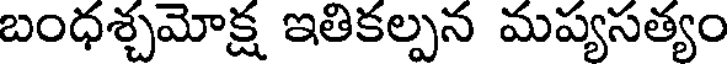
బంధశ్చమోక్ష ఇతికల్పన మప్యసత్యం